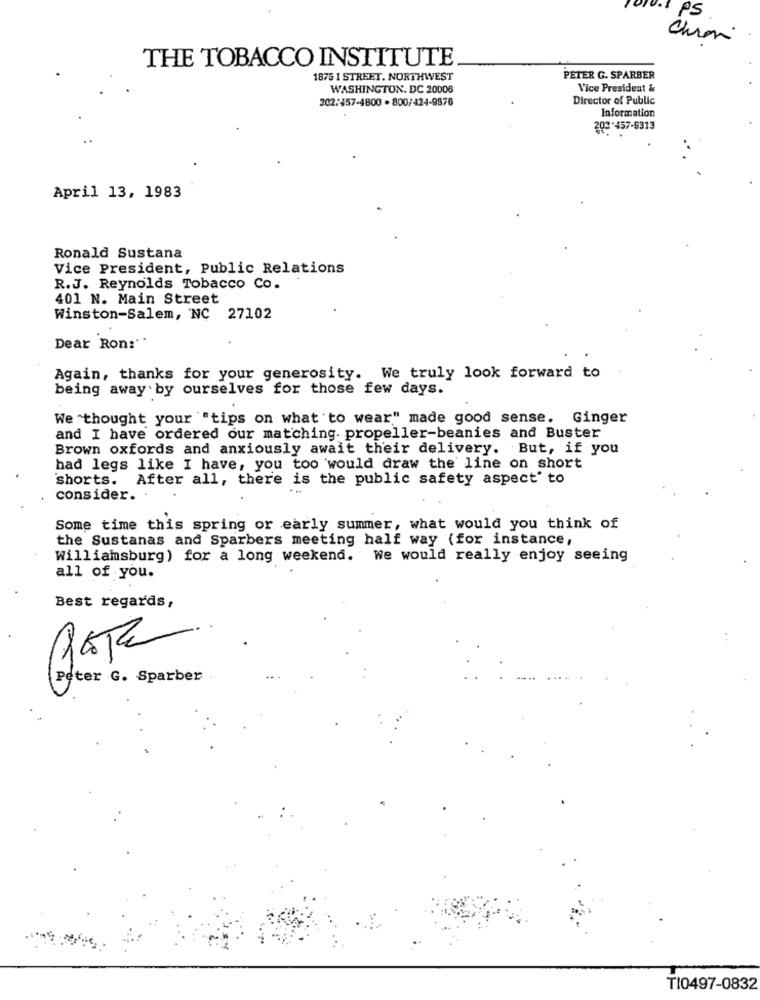
PS
Chroni
THE TOBACCO INSTITUTE
1875 I STREET. NORTHWEST
PETER G. SPARBER
WASHINGTON, DC 20006
Vice President &
202:457-4800 . 800/424-9876
Director of Public
Information
209-457-8313
April 13, 1983
Ronald Sustana
Vice President, Public Relations
R.J. Reynolds Tobacco Co.
401 N. Main Street
Winston-Salem, NC 27102
Dear Ron:''
Again, thanks for your generosity. We truly look forward to
being away by ourselves for those few days.
We thought your "tips on what to wear" made good sense. Ginger
and I have ordered our matching. propeller-beanies and Buster
Brown oxfords and anxiously await their delivery. But, if you
had legs like I have, you too would draw the line on short
shorts. After all, there is the public safety aspect' to
consider. .
Some time this spring or early summer, what would you think of
the Sustanas and Sparbers meeting half way (for instance,
Williamsburg) for a long weekend. We would really enjoy seeing
all of you.
Best regards,
RETE
Peter G. Sparber
TI0497-0832